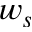
w _ { s }